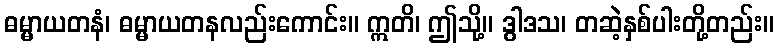
ဓမ္မာယတနံ၊ ဓမ္မာယတနလည်းကောင်း။ ဣတိ၊ ဤသို့။ ဒွါဒသ၊ တဆဲ့နှစ်ပါးတို့တည်း။